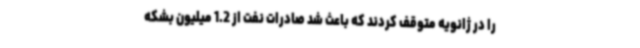
را در ژانویه متوقف کردند که باعث شد صادرات نفت از 1.2 میلیون بشکه